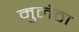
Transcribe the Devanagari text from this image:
मुलेठा